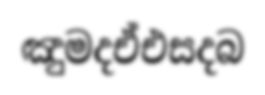
ඤුමදඒඑසදබ